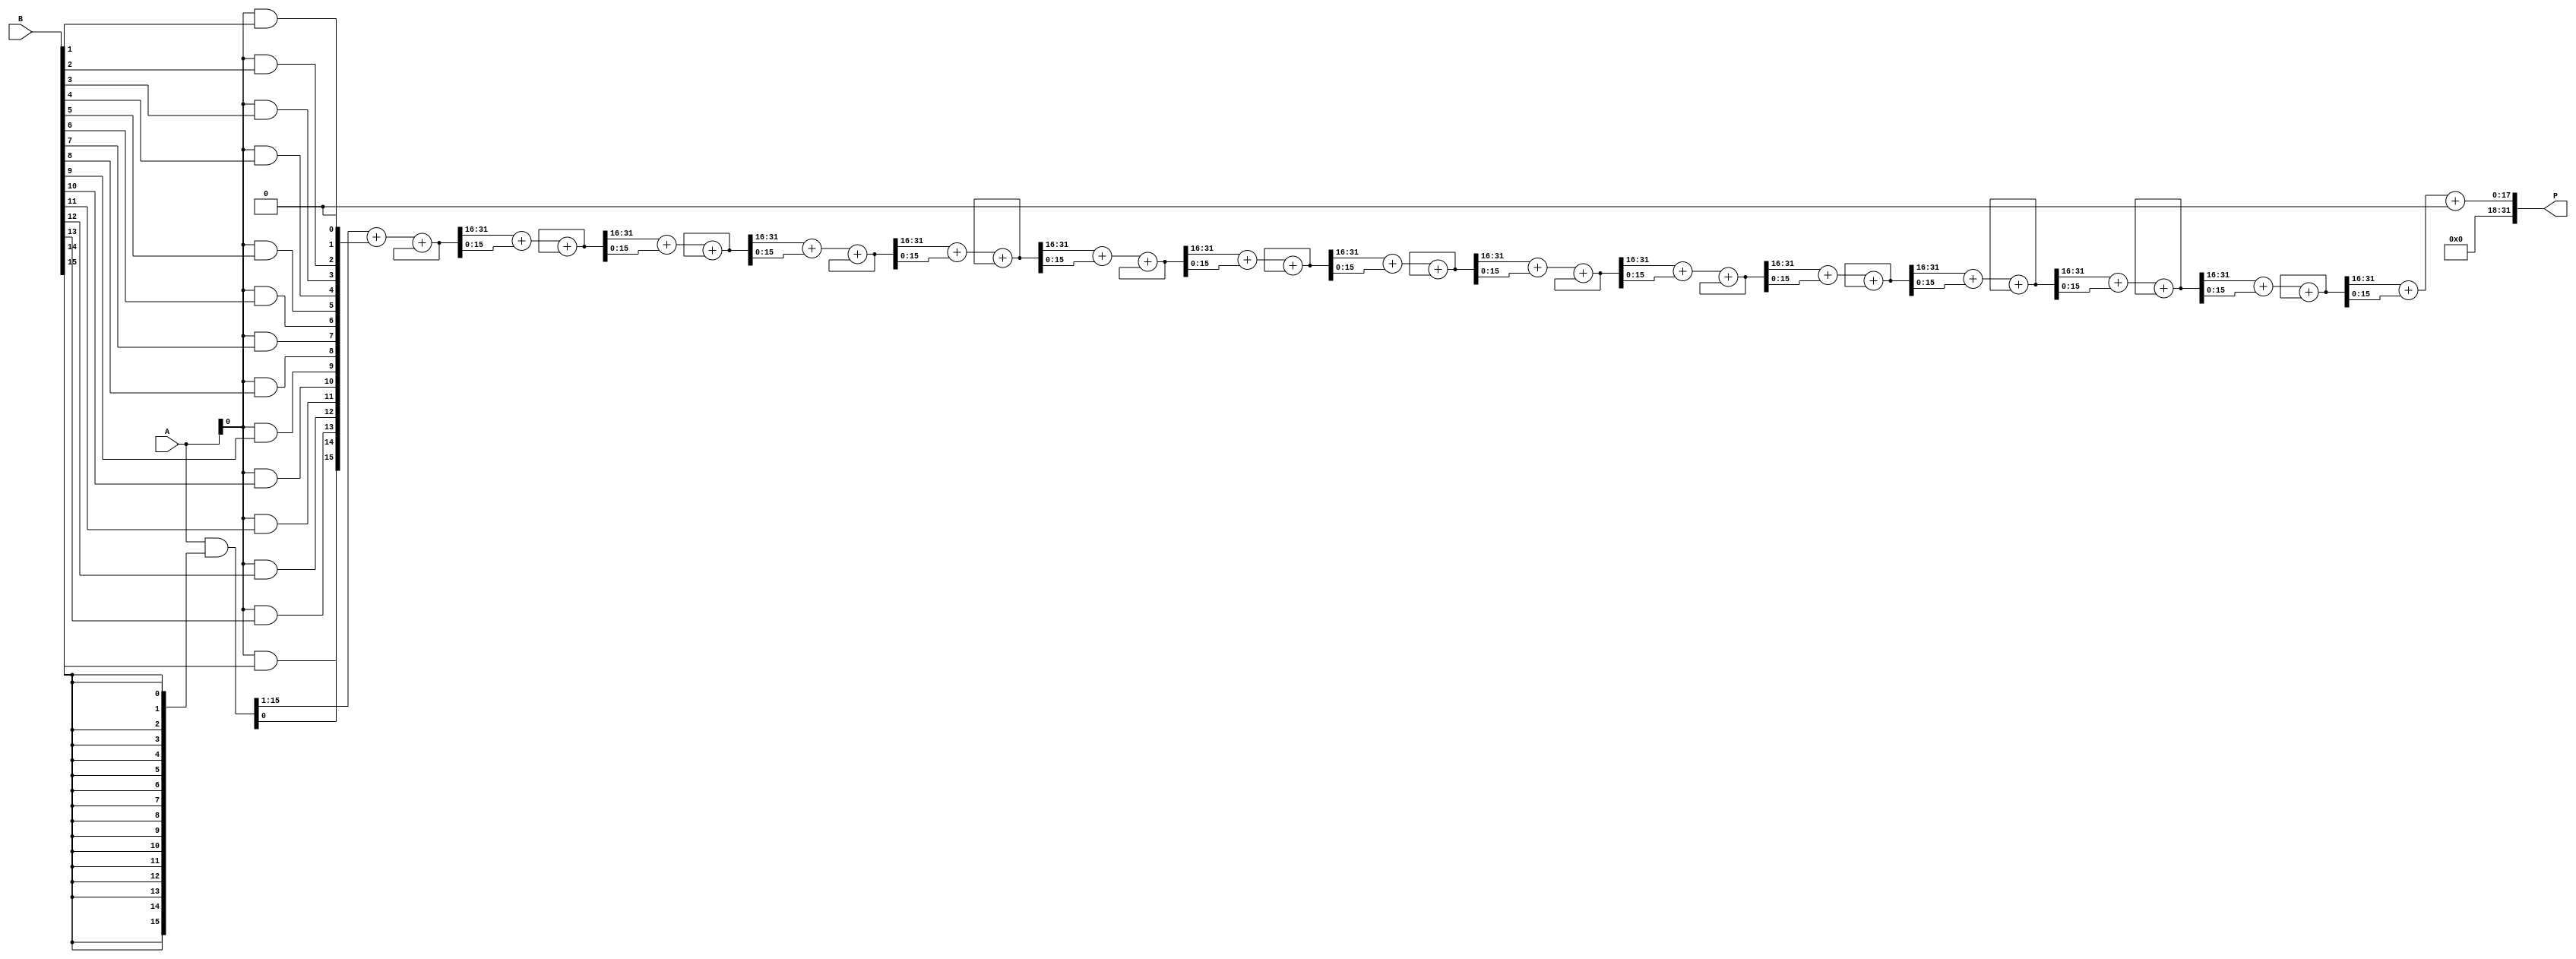
module wallace_tree_multiplier #(parameter WIDTH = 16) (
    input  wire [WIDTH-1:0] A,  // Multiplicand
    input  wire [WIDTH-1:0] B,  // Multiplier
    output wire [2*WIDTH-1:0] P // Product
);

    // Generate partial products
    wire [WIDTH-1:0] pp [0:WIDTH-1]; // Partial products
    genvar i;
    generate
        for (i = 0; i < WIDTH; i = i + 1) begin : pp_gen
            assign pp[i] = A & {WIDTH{B[i]}};
        end
    endgenerate

    // Wallace tree reduction
    wire [2*WIDTH-1:0] sum [0:WIDTH-1]; // Sums at each level
    wire [2*WIDTH-1:0] carry [0:WIDTH-1]; // Carries at each level

    // Initial stage: Collect all partial products
    assign sum[0] = {pp[0], 0}; // First partial product
    generate
        for (i = 1; i < WIDTH; i = i + 1) begin : initial_stage
            assign sum[0][i + WIDTH - 1 : i] = pp[i]; // Align partial products
        end
    endgenerate

    // Wallace tree reduction stages
    genvar j;
    generate
        for (j = 0; j < WIDTH-1; j = j + 1) begin : reduction_stage
            wire [2*WIDTH-1:0] a, b, c;
            assign a = sum[j][2*WIDTH-1:WIDTH]; // Upper half
            assign b = sum[j][WIDTH-1:0]; // Lower half
            assign c = (j < WIDTH-2) ? sum[j+1] : 0; // Next stage sum

            // Full adders and half adders
            wire [2*WIDTH-1:0] fa_sum, fa_carry;
            wire [2*WIDTH-1:0] ha_sum, ha_carry;

            // Full adder for three inputs
            assign {fa_carry, fa_sum} = a + b + c;

            // Store results for next stage
            assign sum[j+1] = {fa_carry, fa_sum};
        end
    endgenerate

    // Final stage: Add remaining two numbers
    wire [2*WIDTH-1:0] final_sum;
    wire [2*WIDTH-1:0] final_carry;

    assign {final_carry, final_sum} = sum[WIDTH-1];

    // Output the final product
    assign P = final_sum;

endmodule